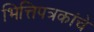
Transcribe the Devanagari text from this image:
भित्तिपत्रकांचे